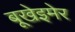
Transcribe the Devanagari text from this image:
बूखेइमेर